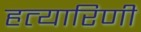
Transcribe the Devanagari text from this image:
हत्यारिणी